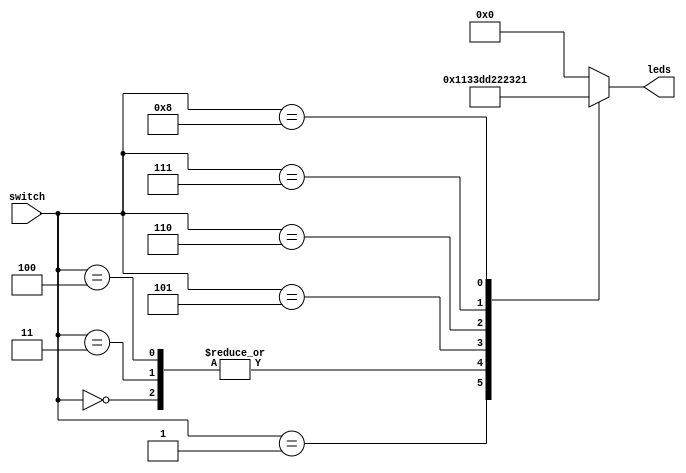
module aluop(switch, leds);

output reg[7:0] leds;
input [3:0] switch;
reg [7:0] w1,w2;

always @(*)
begin

w1 = 8'h22;
w2 = 8'h11;
    
	 case(switch)
		4'b0000: leds=w1+w2;
		4'b0001: leds=w1-w2;
		4'b0010: leds=w1&w2;
		4'b0011: leds=w1|w2;
		4'b0100: leds=w1^w2;
		4'b0101: leds=~w1;
		4'b0110: leds=w1;
		4'b0111: leds=w1+1;
		4'b1000: leds=w1-1;
		
		default: leds=0;
	endcase

end

endmodule